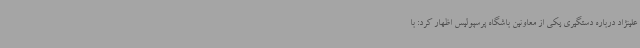
علینژاد درباره دستگیری یکی از معاونین باشگاه پرسپولیس اظهار کرد: با